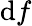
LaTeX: \mathrm{d}f